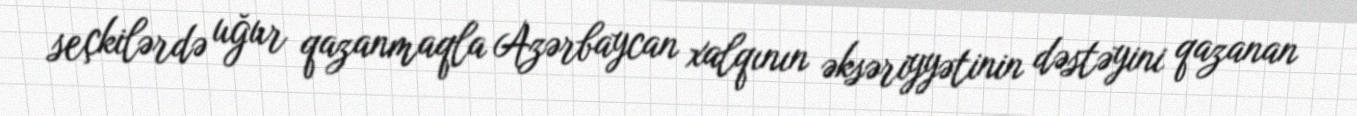
seçkilərdə uğur qazanmaqla Azərbaycan xalqının əksəriyyətinin dəstəyini qazanan